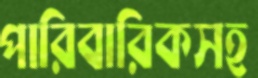
পারিবারিকসহ